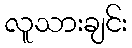
လူသားချင်း